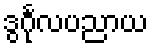
ဒွင်္ဂုလပညာယ